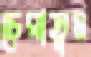
চেরাতুম